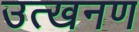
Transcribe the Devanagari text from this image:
उत्खनण